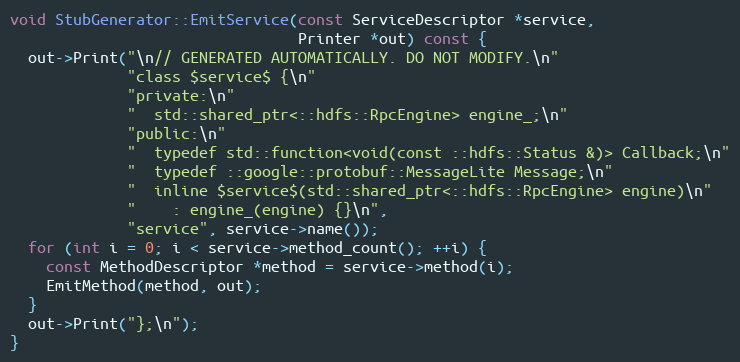
Language: C++
void StubGenerator::EmitService(const ServiceDescriptor *service,
                                Printer *out) const {
  out->Print("\n// GENERATED AUTOMATICALLY. DO NOT MODIFY.\n"
             "class $service$ {\n"
             "private:\n"
             "  std::shared_ptr<::hdfs::RpcEngine> engine_;\n"
             "public:\n"
             "  typedef std::function<void(const ::hdfs::Status &)> Callback;\n"
             "  typedef ::google::protobuf::MessageLite Message;\n"
             "  inline $service$(std::shared_ptr<::hdfs::RpcEngine> engine)\n"
             "    : engine_(engine) {}\n",
             "service", service->name());
  for (int i = 0; i < service->method_count(); ++i) {
    const MethodDescriptor *method = service->method(i);
    EmitMethod(method, out);
  }
  out->Print("};\n");
}